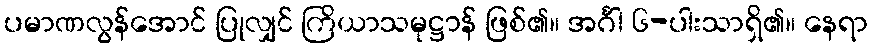
ပမာဏလွန်အောင် ပြုလျှင် ကြိယာသမုဋ္ဌာန် ဖြစ်၏။ အင်္ဂါ ၆-ပါးသာရှိ၏။ နေရာ